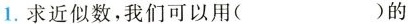
1. 求近似数，我们可以用( )的